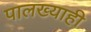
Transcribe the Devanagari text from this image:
पालख्याही